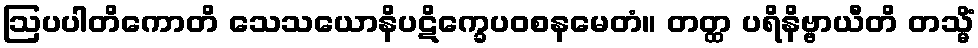
ဩပပါတိကောတိ သေသယောနိပဋိက္ခေပဝစနမေတံ။ တတ္ထ ပရိနိဗ္ဗာယီတိ တသ္မိံ